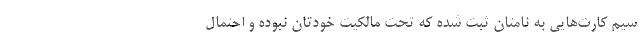
سیم کارت‌هایی به نامتان ثبت شده که تحت مالکیت خودتان نبوده و احتمال